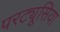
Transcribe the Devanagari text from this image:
परट्यूसिया